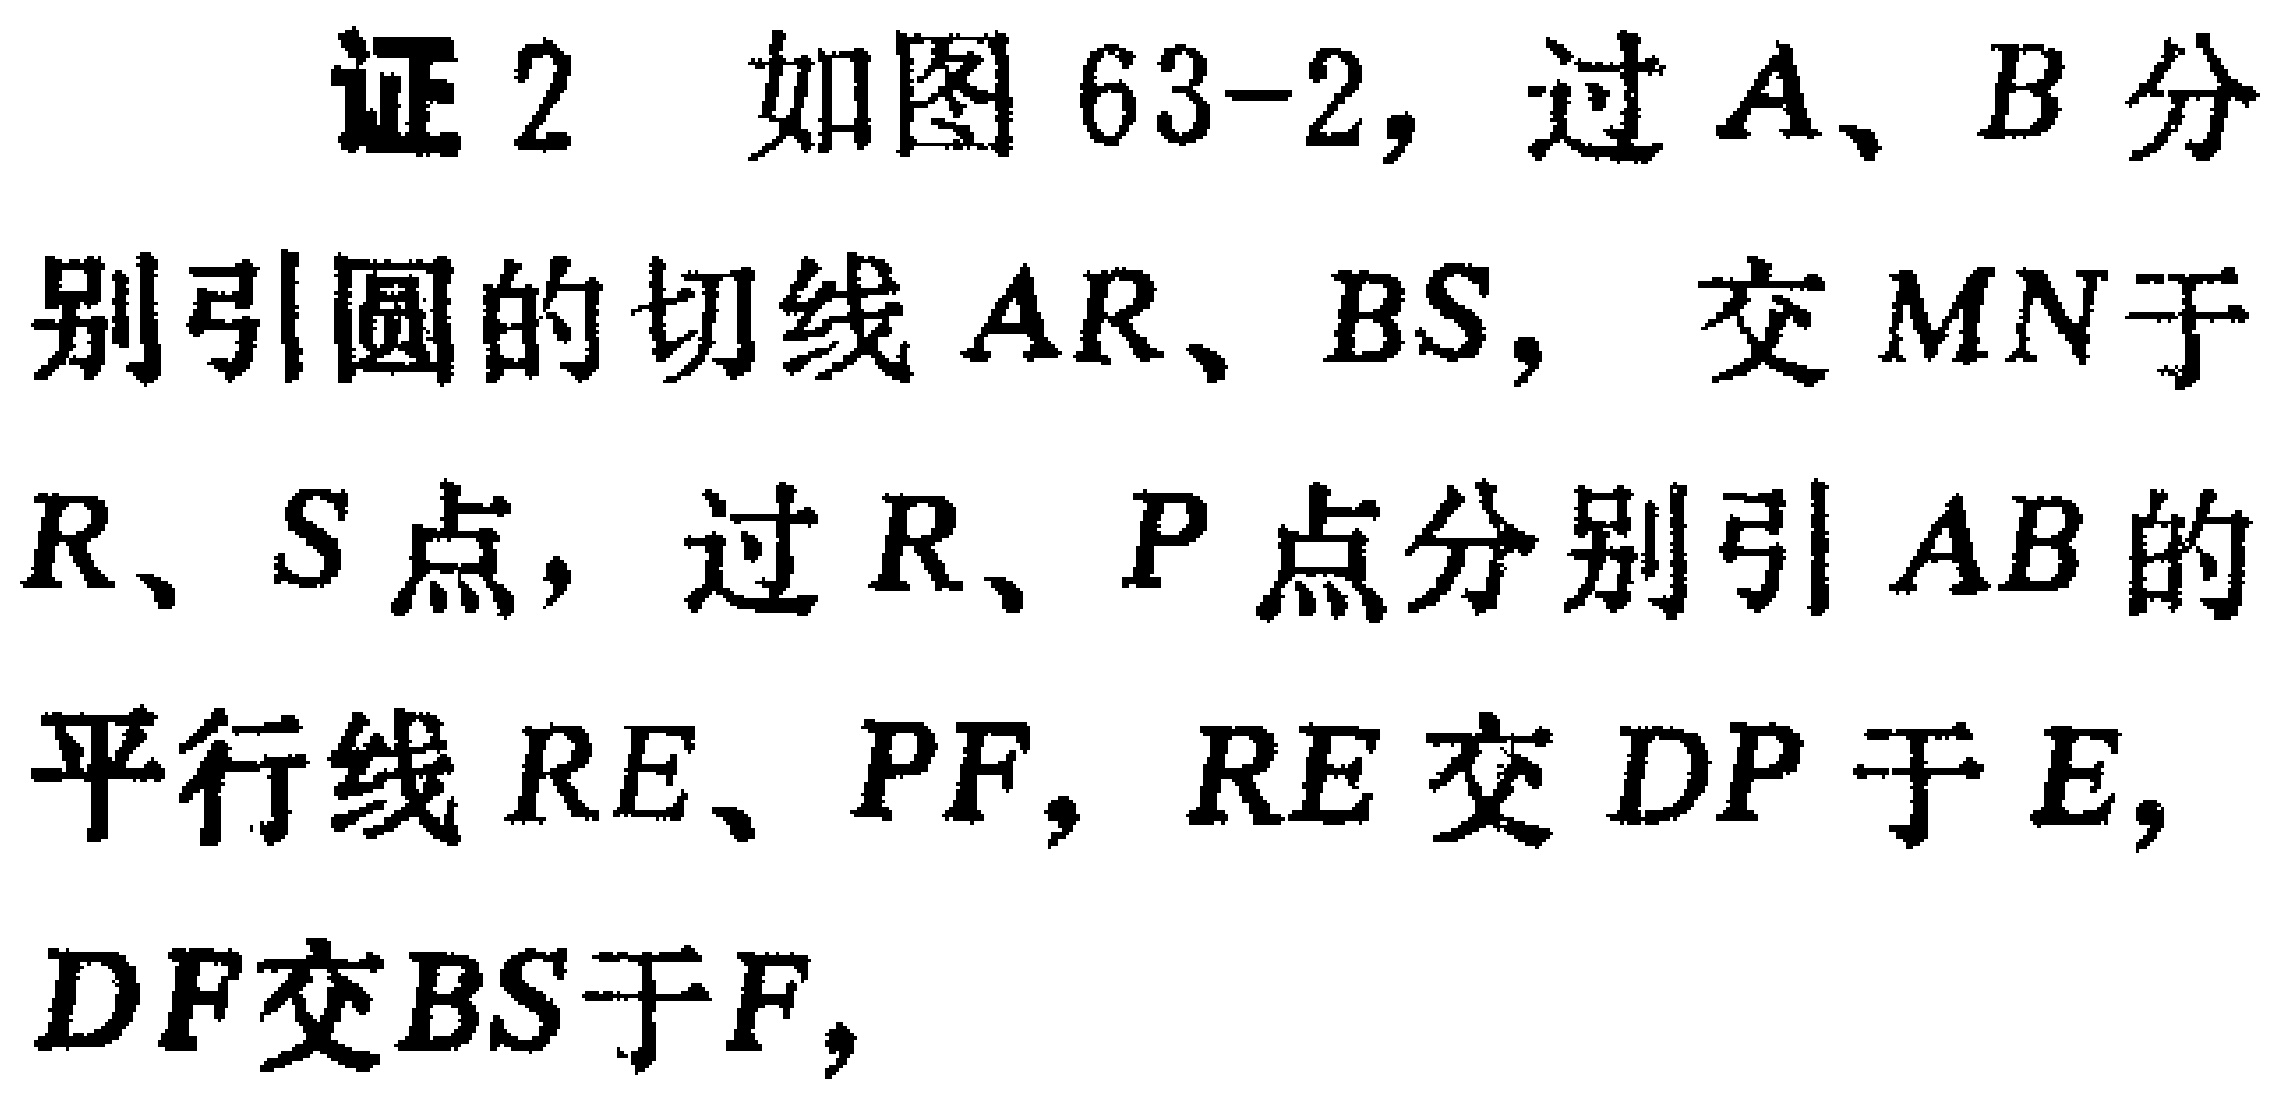
证 2 如图 63-2, 过 \(A\)、\(B\) 分别引圆的切线 \(AR\)、\(BS\), 交 \(MN\) 于 \(R\)、\(S\) 点, 过 \(R\)、\(P\) 点分别引 \(AB\) 的平行线 \(RE\)、\(PF\), \(RE\) 交 \(DP\) 于 \(E\), \(DF\) 交 \(BS\) 于 \(F\),